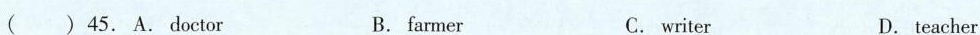
45. A. Doctor B. farmer C. writer D. teacher ( )